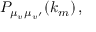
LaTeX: P _ { \mu _ { v ^ { \vphantom { \prime } } } \mu _ { v ^ { \prime } } } ( k _ { m } ) \, ,